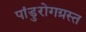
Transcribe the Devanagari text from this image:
पांडुरोगग्रस्त